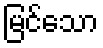
မြင်သော